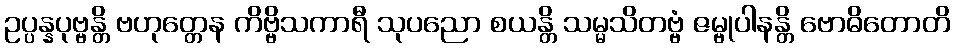
ဥပ္ပန္နပုဗ္ဗန္တိ ဗဟုတ္တေန ကိဗ္ဗိသကာရီ သုပညော စယန္တိ သမ္မသိတဗ္ဗံ ဇမ္ဗုပါနန္တိ ဗောဓိတောတိ